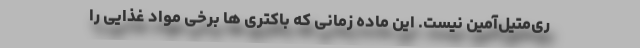
ری‌متیل‌آمین نیست. این ماده زمانی که باکتری ها برخی مواد غذایی را